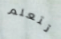
تتعلم